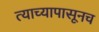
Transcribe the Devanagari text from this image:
त्याच्यापासूनच